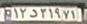
۱۲د۳۱۹۷۱